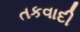
તકવાદી